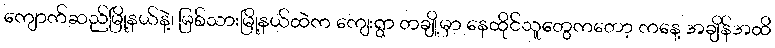
ကျောက်ဆည်မြို့နယ်နဲ့၊ မြစ်သားမြို့နယ်ထဲက ကျေးရွာ တချို့မှာ နေထိုင်သူတွေကတော့ ကနေ့ အချိန်အထိ